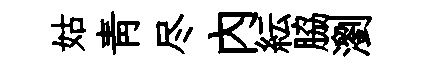
姑青尽內紜脇瀏